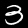
Label: 3